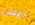
ليس